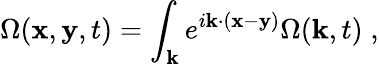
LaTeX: \Omega({\mathbf x},{\mathbf y},t)=\int_{{\mathbf k}}e^{i{\mathbf k}\cdot({\mathbf x}-{\mathbf y})}\Omega({\mathbf k},t)\; ,